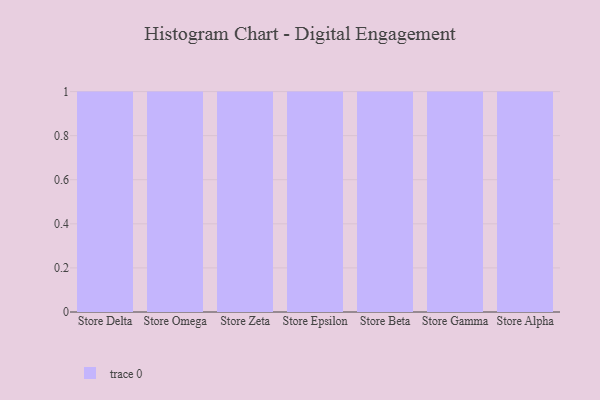
{"axis": {"x": "Store", "y": "Website Visitors"}, "legend": [""], "data": [{"x": "Store Delta", "y": 63, "type": ""}, {"x": "Store Omega", "y": 94, "type": ""}, {"x": "Store Zeta", "y": 71, "type": ""}, {"x": "Store Epsilon", "y": 63, "type": ""}, {"x": "Store Beta", "y": 19, "type": ""}, {"x": "Store Gamma", "y": 50, "type": ""}, {"x": "Store Alpha", "y": 9, "type": ""}]}